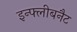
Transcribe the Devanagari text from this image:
इन्फ्लीबनैट